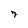
Character: 7